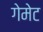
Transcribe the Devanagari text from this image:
गेमेट